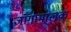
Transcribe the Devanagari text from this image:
जागामालक